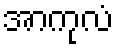
အာကုလံ